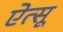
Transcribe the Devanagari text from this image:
ऐत्सू